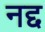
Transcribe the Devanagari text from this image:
नद्द